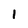
Character: 1